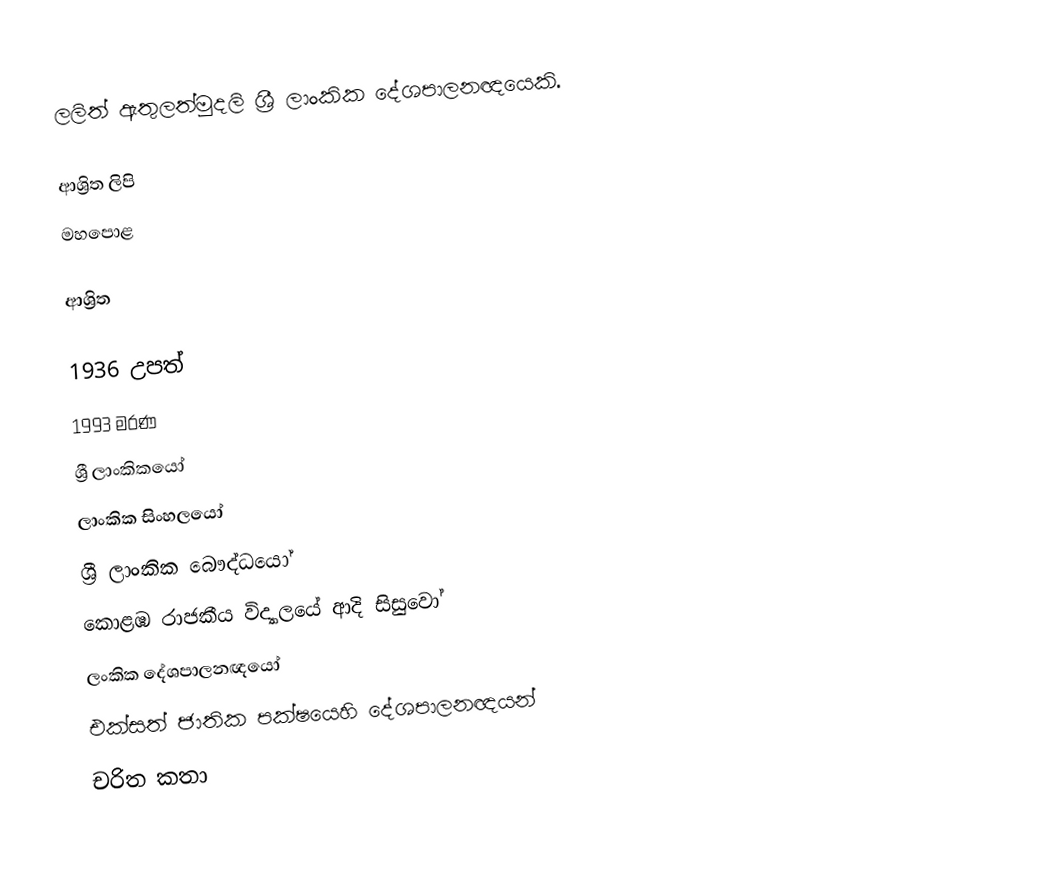
ලලිත් ඇතුලත්මුදලි ශ්‍රී ලාංකික දේශපාලනඥයෙකි.

ආශ්‍රිත ලිපි
මහපොළ

ආශ්‍රිත

1936 උපත්
1993 මරණ
ශ්‍රී ලාංකිකයෝ
ලාංකික සිංහලයෝ
ශ්‍රී ලාංකික බෞද්ධයෝ
කොළඹ රාජකීය විද්‍යාලයේ ආදි සිසුවෝ
ලංකික දේශපාලනඥයෝ
එක්සත් ජාතික පක්ෂයෙහි දේශපාලනඥයන්
චරිත කතා